Report of an investigation of the epidemic of malarial fever in Assam, or, kala-azar
Disease focus: Malaria
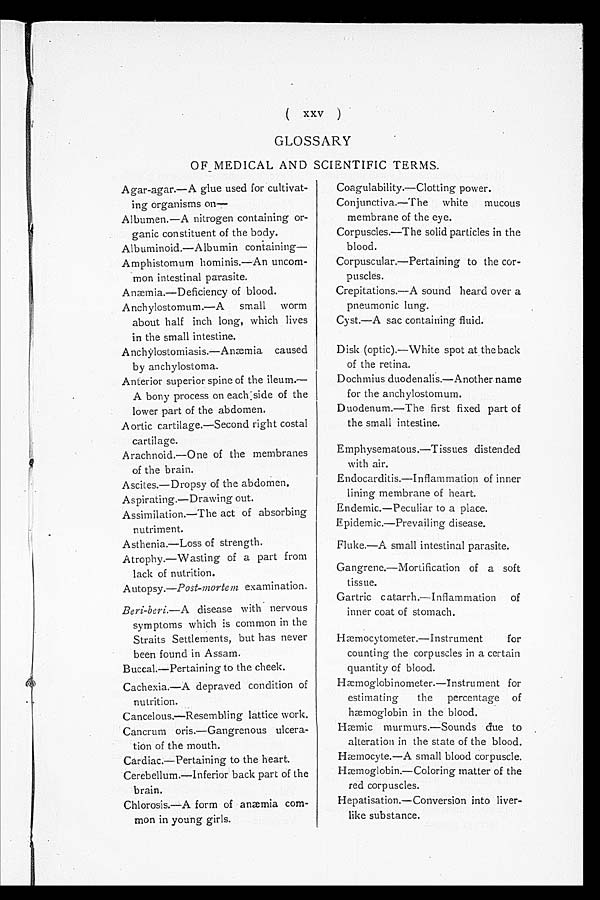
(xxv)
GLOSSARY
OF MEDICAL AND SCIENTIFIC TERMS.
Agar-agar.—A glue used for cultivat-
ing organisms on
—
Albumen.—A nitrogen containing or-
ganic constituent of the body.
Albuminoid.—Albumin containing— -
Amphistomum hominis.—An uncom-
mon intestinal parasite.
Anæmia.—Deficiency of blood.
Anchylostomum .—A small worm
about half inch long, which lives
in the small intestine.
Anchylostomiasis.—Anæmia caused
by anchylostoma.
Anterior superior spine of the ileum.—
A bony process on each side of the
lower part of the abdomen.
Aortic cartilage.—Second right costal
cartilage.
Arachnoid.—One of the membranes
of the brain.
Ascites.—Dropsy of the abdomen.
Aspirating.—Drawing out.
Assimilation.—The act of absorbing
nutriment.
Asthenia.—Loss of strength.
Atrophy.—Wasting of a part from
lack of nutrition.
Autopsy. —Post-mortem examination.
Beri-beri.—A disease with nervous
symptoms which is common in the
Straits Settlements, but has never
been found in Assam.
Buccal.—Pertaining to the cheek.
Cachexia.—A depraved condition of
nutrition.
Cancelous.—Resembling lattice work.
Cancrum oris.—Gangrenous ulcera-
tion of the mouth.
Cardiac.—Pertaining to the heart.
Cerebellum.—Inferior back part of the
brain.
Chlorosis.—A form of anæmia com-
mon in young girls.
Coagulability.—Clotting power.
Conjunctiva.—The white mucous
membrane of the eye.
Corpuscles.—The solid particles in the
blood.
Corpuscular.—Pertaining to the cor-
puscles.
Crepitations.—A sound heard over a
pneumonic lung.
Cyst.—A sac containing fluid.
Disk (optic).—White spot at the back
of the retina.
Dochmius duodenalis.—Another name
for the anchylostomum.
Duodenum.—The first fixed part of
the small intestine.
Emphysematous.—Tissues distended
with air.
Endocarditis.—Inflammation of inner
lining membrane of heart.
Endemic.—Peculiar to a place.
Epidemic.—Prevailing disease.
Fluke.—A small intestinal parasite.
Gangrene.—Mortification of a soft
tissue.
Gartric catarrh.—Inflammation of
inner coat of stomach.
Hæmocytometer.—Instrument for
counting the corpuscles in a certain
quantity of blood.
Hæmoglobinometer.—Instrument for
estimating the percentage of
hæmoglobin in the blood.
Hæmic murmurs.—Sounds due to
alteration in the state of the blood.
Hæmocyte.—A small blood corpuscle.
Hæmoglobin.—Coloring matter of the
red corpuscles.
Hepatisation.—Conversion into liver-
like substance.